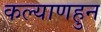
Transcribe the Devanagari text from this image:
कल्याणहुन